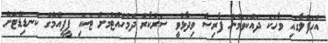
އެހަފްލާގައި ވާހަކަ ދައްކަވަމުން ފާރިސް ވިދާޅުވީ ސަރުކާރު ދެމެހެއްޓުމަށް ޓަކައި ޕީޕީއެމްގެ ކެނޑިޑޭޓަށް